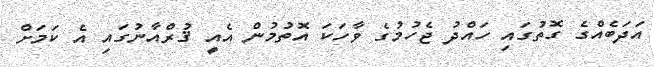
އަދަބެއްގެ ގޮތުގައި ހައްދު ޖެހުމުގެ ވާހަކަ އޮތުމުން އެއީ ޤުރްއާނުގައި އެ ކަމަށް